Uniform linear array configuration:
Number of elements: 64
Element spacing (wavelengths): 1
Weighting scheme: binomial
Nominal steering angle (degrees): -60
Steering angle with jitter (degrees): -59.772
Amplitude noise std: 0.05
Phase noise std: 0.05

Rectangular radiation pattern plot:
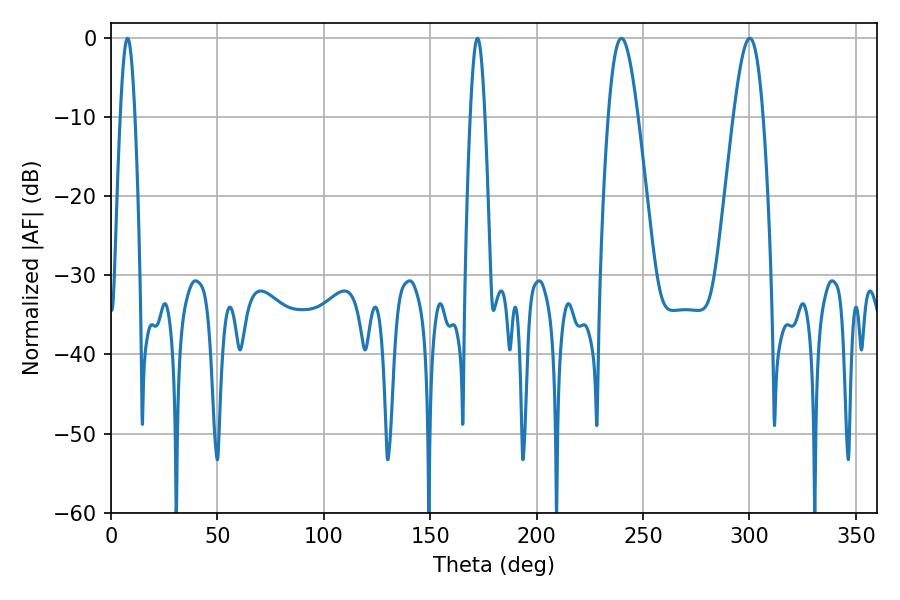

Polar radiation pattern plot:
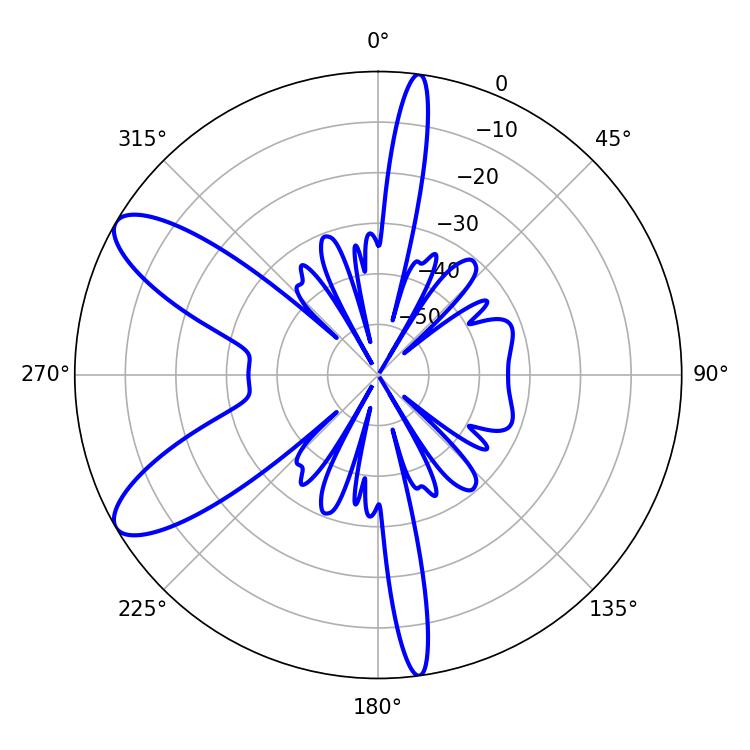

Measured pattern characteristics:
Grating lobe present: TRUE
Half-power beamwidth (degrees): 7.38
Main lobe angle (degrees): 239.76